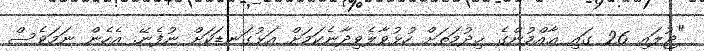
"ޖުލައި 26 ގައި ޢާއްމުންގެ ޚިދުމަތަށް ހުޅުވާލެވިދާނެކަމަށް އަޅުގަނޑަކަށް ނުފެނޭ. އެހެން ނަމަވެސް